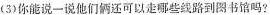
（3）你能说一说他们还可以走哪些线路到图书馆吗？